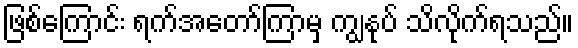
ဖြစ်ကြောင်း ရက်အတော်ကြာမှ ကျွနုပ် သိလိုက်ရသည်။